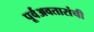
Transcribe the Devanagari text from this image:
पूर्वअवतारांची